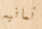
ثمانيه